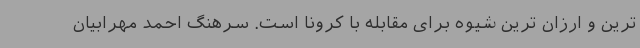
ترین و ارزان ترین شیوه برای مقابله با کرونا است. سرهنگ احمد مهرابیان